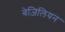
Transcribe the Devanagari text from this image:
बेज़िलियन